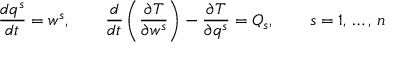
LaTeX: { \frac { d q ^ { s } } { d t } } = w ^ { s } , \qquad { \frac { d } { d t } } \left( { \frac { \partial T } { \partial w ^ { s } } } \right) - { \frac { \partial T } { \partial q ^ { s } } } = Q _ { s } , \qquad s = 1 , \, \ldots , \, n